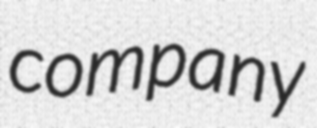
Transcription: company